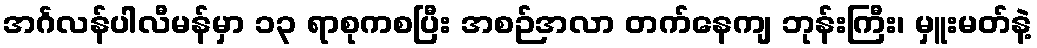
အင်္ဂလန်ပါလီမန်မှာ ၁၃ ရာစုကစပြီး အစဉ်အလာ တက်နေကျ ဘုန်းကြီး၊ မှူးမတ်နဲ့